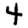
Digit: 4